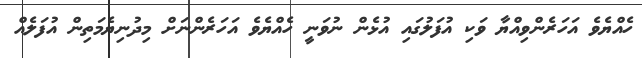
ހެއްޔެވެ އަހަރެންވިއްޔާ ވަކި އުފަލުގައި އުޅެން ނުވަނީ ހެއްޔެވެ އަހަރެންނަށް މިދުނިޔެމަތިން އުފަލެއް